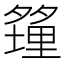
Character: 𪤿